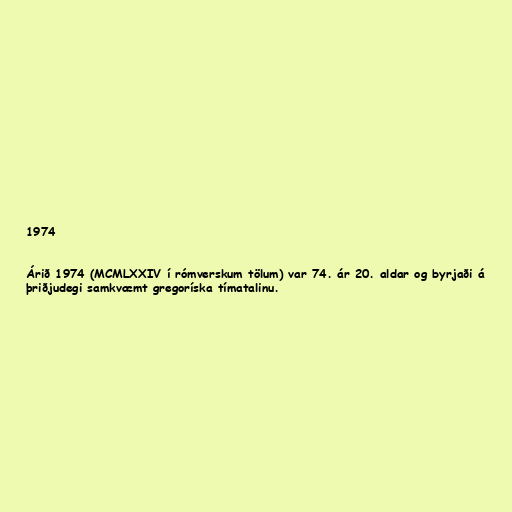
1974

Árið 1974 (MCMLXXIV í rómverskum tölum) var 74. ár 20. aldar og byrjaði á
þriðjudegi samkvæmt gregoríska tímatalinu.